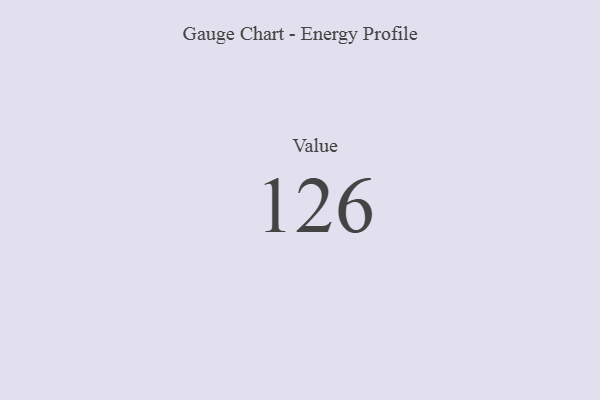
{"axis": {"x": "Metric", "y": "Value"}, "legend": [""], "data": [{"x": "Value", "y": 126, "type": ""}]}